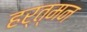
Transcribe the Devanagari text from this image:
हर्त्मन